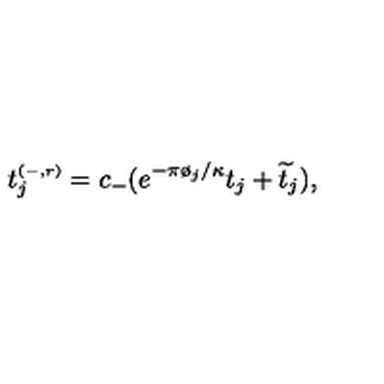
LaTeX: t _ { j } ^ { \scriptscriptstyle ( - , r ) } = c _ { - } ( e ^ { - \pi \o _ { j } / \kappa } t _ { j } + \widetilde { t } _ { j } ) ,